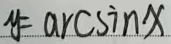
\(y = \arcsin x\)